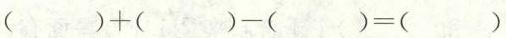
$$( ) + ( ) - ( ) = ( )$$